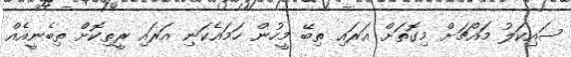
ސައިކަލު މައްޗަށް މިގޮތަށް އަރައި ތިބޭ މީހުން ހަމައެކަނި އަރައި ރީތިކޮށް ތިބެނީއެއް